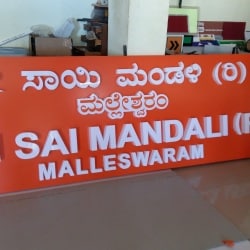
Language: kannada
Transcription: ಸಾಯಿ (ರಿ) ಮಂಡಳಿ ಮಲ್ಲೇಶ್ವರo